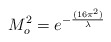
\begin{align*} M_o^2 = e^{ - { {(16 \pi ^ 2)} \over \lambda}}\end{align*}